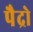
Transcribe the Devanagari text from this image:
पैद्रो